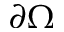
\partial \Omega